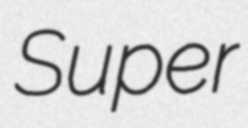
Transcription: Super